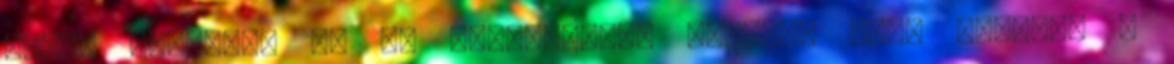
teret engedni. Ha én megkérdezem Pannit, hogy szereti -